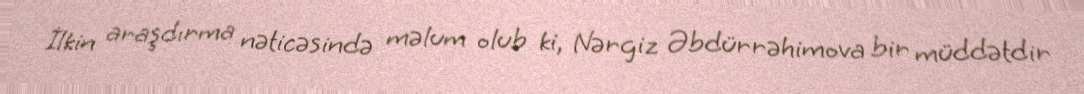
İlkin araşdırma nəticəsində məlum olub ki, Nərgiz Əbdürrəhimova bir müddətdir